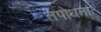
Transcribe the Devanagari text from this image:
तपोधनाः